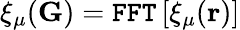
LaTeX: \xi_{\mu}(\mathbf G)=\texttt{FFT}\left[\xi_{\mu}(\mathbf{r})\right]